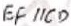
E F / / C D